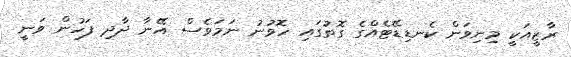
ރާޒީއަކީ މިނިވަން ކެނޑިޑޭޓެއްގެ ގޮތުގައި ހޮވުނު ނަމަވެސް އޭނާ ދާދި ފަހުން ވަނީ